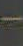
-